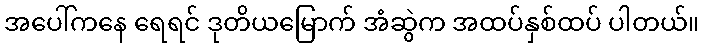
အပေါ်ကနေ ရေရင် ဒုတိယမြောက် အံဆွဲက အထပ်နှစ်ထပ် ပါတယ်။